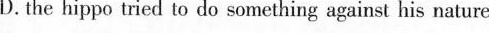
D. the hippo tried to do something against his nature